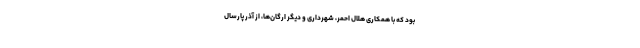
بود که با همکاری هلال احمر، شهرداری و دیگر ارگان‌ها، از آذر پارسال